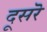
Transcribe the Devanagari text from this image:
दूसरॆ